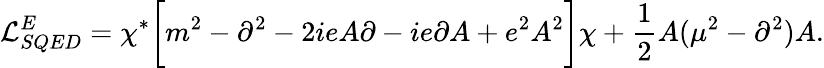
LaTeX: {\cal L}_{SQED}^{E}=\chi^{*}\biggl[m^{2}-\partial^{2}-2ieA\partial-ie\partial A+e^{2}A^{2}\biggr]\chi+\frac{1}{2}A(\mu^{2}-\partial^{2})A.